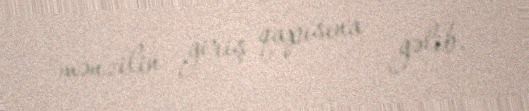
mənzilin giriş qapısına gəlib.